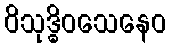
ဝိသုဒ္ဓိဝသေနေဝ